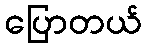
ပြောတယ်